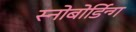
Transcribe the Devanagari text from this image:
स्नोबोर्डिन्ग